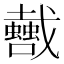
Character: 𢨣